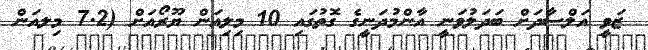
ޒަވީ އަލްސާދަށް ބަދަލުވަނީ އާންމުދަނީގެ ގޮތުގައި 10 މިލިއަން ޔޫރޯއަށް (7.2 މިލއަން